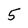
Character: 5